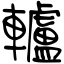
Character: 轤